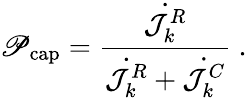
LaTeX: \mathscr{P}_{\mathrm{{cap}}}=\frac{{\dot{{\mathcal{{J}}_{k}^{R}}}}}{{\dot{{\mathcal{{J}}_{k}^{R}}}+\dot{{\mathcal{{J}}_{k}^{C}}}}}\ .